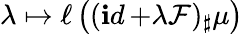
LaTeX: \lambda\mapsto\ell\left((\mathop{\mathbf id}+\lambda\mathcal F)_{\sharp}\mu\right)